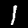
Label: 1